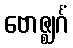
ဗောဇ္ဈင်္ဂံ